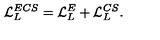
{ \cal L } _ { L } ^ { E C S } = { \cal L } _ { L } ^ { E } + { \cal L } _ { L } ^ { C S } .